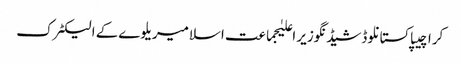
کراچیپاکستانلوڈشیڈنگوزیر اعلیٰجماعت اسلامیریلوےکے الیکٹرک